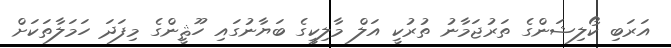
އަރަބި ކޯލިޝަންގެ ތަރުޖަމާނު ތުރުކީ އަލް މާލިކީގެ ބަޔާނުގައި ހޫޘީންގެ މިފަދަ ހަމަލާތަކަށް